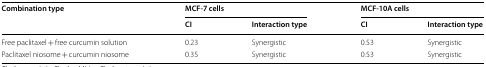
<table><thead><tr><td rowspan="2"><b>Combination type</b></td><td colspan="2"><b>MCF-7 cells</b></td><td colspan="2"><b>MCF-10A cells</b></td></tr><tr><td><b>CI</b></td><td><b>Interaction type</b></td><td><b>CI</b></td><td><b>Interaction type</b></td></tr></thead><tbody><tr><td>Free paclitaxel + free curcumin solution</td><td>0.23</td><td>Synergistic</td><td>0.53</td><td>Synergistic</td></tr><tr><td>Paclitaxel niosome + curcumin niosome</td><td>0.35</td><td>Synergistic</td><td>0.53</td><td>Synergistic</td></tr></tbody></table>